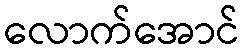
လောက်အောင်